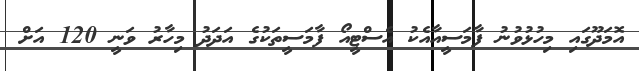
އޮމަދޫގައި މިހުޅުވުނު ފާމަސީއާއެކު އެސްޓީއޯ ފާމަސީތަކުގެ އަދަދު މިހާރު ވަނީ 120 އަށް